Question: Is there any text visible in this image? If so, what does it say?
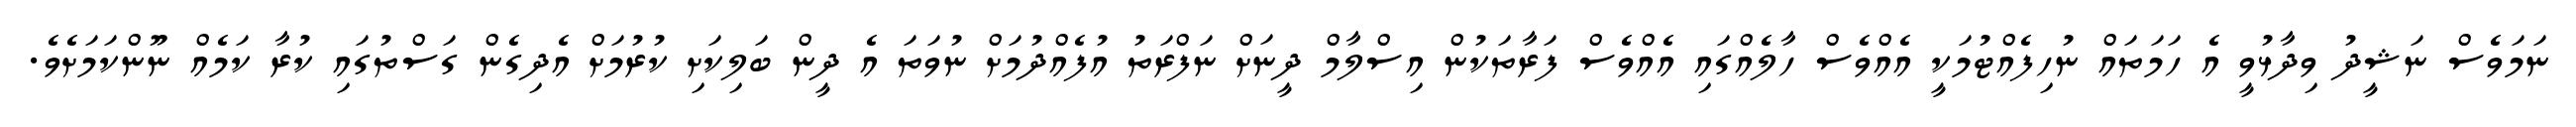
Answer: ނަމަވެސް ނަޝީދު ވިދާޅުވީ އެ ހަމަތައް ނުހިފެއްޓުމަކީ އެއްވެސް ހާލެއްގައި އެއްވެސް ފަރާތަކުން އިސްލާމް ދީނަށް ނަފްރަތު އުފެއްދުމަށް ނުވަތަ އެ ދީން ބަލިކަށި ކުރުމަށް އެދިގެން ގަސްތުގައި ކުރާ ކަމެއް ނޫންކަމަށެވެ.